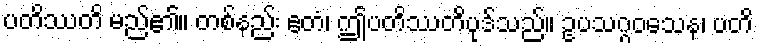
ပတိဿတိ မည်၏။ တစ်နည်း ဧတံ၊ ဤပတိဿတိပုဒ်သည်။ ဥပသဂ္ဂဝသေန၊ ပတိ